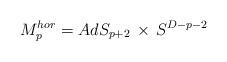
LaTeX: \begin{align*}M^{hor}_{p} = AdS_{p+2} \, \times \, S^{D-p-2}\end{align*}